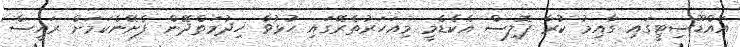
އައްޑޫސިޓީގައި ގާއިމު ކުރާ ޕޮލިސް އެކެޑެމީ މިއަހަރުތެރޭގައި ހުޅުވާ ހިދުމަތްދޭން ފެށޭނެކަމަށް ރައީސް